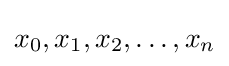
x_{0},x_{1},x_{2},\ldots ,x_{n}